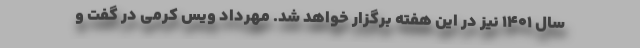
سال ۱۴۰۱ نیز در این هفته برگزار خواهد شد. مهرداد ویس کرمی در گفت و